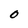
Character: 0